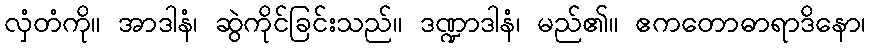
လှံတံကို။ အာဒါနံ၊ ဆွဲကိုင်ခြင်းသည်။ ဒဏ္ဍာဒါနံ၊ မည်၏။ ဧကတောဓာရာဒိနော၊